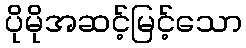
ပိုမိုအဆင့်မြင့်သော